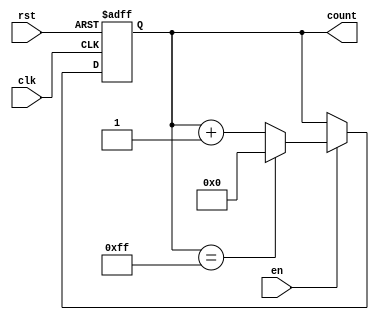
module incremental_counter (
    input wire clk,          // Clock input
    input wire rst,          // Asynchronous reset
    input wire en,           // Enable signal
    output reg [7:0] count   // Counter value (8-bit wide)
);

    // Define the maximum value for the counter
    localparam MAX_COUNT = 8'hFF; // 255 for an 8-bit counter

    // Asynchronous reset and counter increment logic
    always @(posedge clk or posedge rst) begin
        if (rst) begin
            count <= 8'b0; // Reset counter to 0
        end else if (en) begin
            if (count == MAX_COUNT) begin
                count <= 8'b0; // Wrap around on overflow
            end else begin
                count <= count + 1; // Increment counter
            end
        end
    end

endmodule